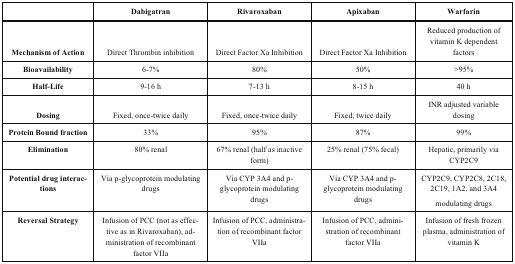
<table><thead><tr><td></td><td><b>Dabigatran</b></td><td><b>Rivaroxaban</b></td><td><b>Apixaban</b></td><td><b>Warfarin</b></td></tr></thead><tbody><tr><td><b>Mechanism of Action</b></td><td>Direct Thrombin inhibition</td><td>Direct Factor Xa Inhibition</td><td>Direct Factor Xa Inhibition</td><td>Reduced production of vitamin K dependent factors</td></tr><tr><td><b>Bioavailability</b></td><td>6-7%</td><td>80%</td><td>50%</td><td>&gt;95%</td></tr><tr><td><b>Half-Life</b></td><td>9-16 h</td><td>7-13 h</td><td>8-15 h</td><td>40 h</td></tr><tr><td><b>Dosing</b></td><td>Fixed, once-twice daily</td><td>Fixed, once-twice daily</td><td>Fixed, twice daily</td><td>INR adjusted variable dosing</td></tr><tr><td><b>Protein Bound fraction</b></td><td>33%</td><td>95%</td><td>87%</td><td>99%</td></tr><tr><td><b>Elimination</b></td><td>80% renal</td><td>67% renal (half as inactive form)</td><td>25% renal (75% fecal)</td><td>Hepatic, primarily via CYP2C9</td></tr><tr><td><b>Potential drug interactions</b></td><td>Via p-glycoprotein modulating drugs</td><td>Via CYP 3A4 and p-glycoprotein modulating drugs</td><td>Via CYP 3A4 and p-glycoprotein modulating drugs</td><td>CYP2C9, CYP2C8, 2C18, 2C19, 1A2, and 3A4modulating drugs</td></tr><tr><td><b>Reversal Strategy</b></td><td>Infusion of PCC (not as effective as in Rivaroxaban), administration of recombinant factor VIIa</td><td>Infusion of PCC, administration of recombinant factor VIIa</td><td>Infusion of PCC, administration of recombinant factor VIIa</td><td>Infusion of fresh frozen plasma, administration of vitamin K </td></tr></tbody></table>